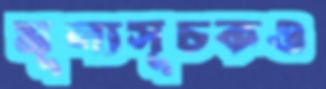
মূল্যসূচকও